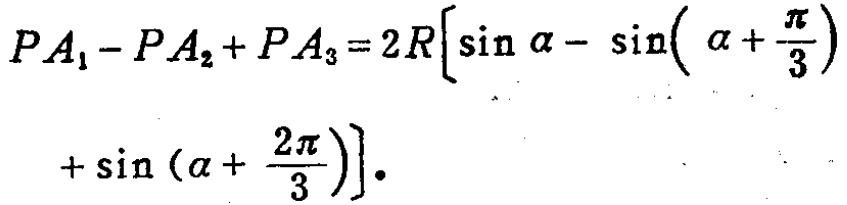
\[
\begin{align*}
PA_1 - PA_2+PA_3&=2R\left[\sin\alpha-\sin\left(\alpha + \frac{\pi}{3}\right)\right.\\
&\left.+\sin\left(\alpha+\frac{2\pi}{3}\right)\right].
\end{align*}
\]